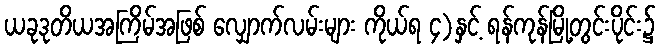
ယခုဒုတိယအကြိမ်အဖြစ် လျှောက်လမ်းများ ကိုယ်ရ ၄)နှင့် ရန်ကုန်မြို့တွင်းပိုင်း၌